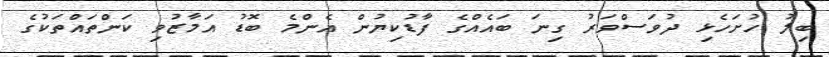
ބިލު ހުށަހެޅި ދުވަސްވަރު ގިނަ ބައެއްގެ ފާޑުކިޔުން އެންމެ ބޮޑު އަމާޒުވި ކަންތައްތަކުގެ